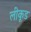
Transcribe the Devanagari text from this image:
लीकूड